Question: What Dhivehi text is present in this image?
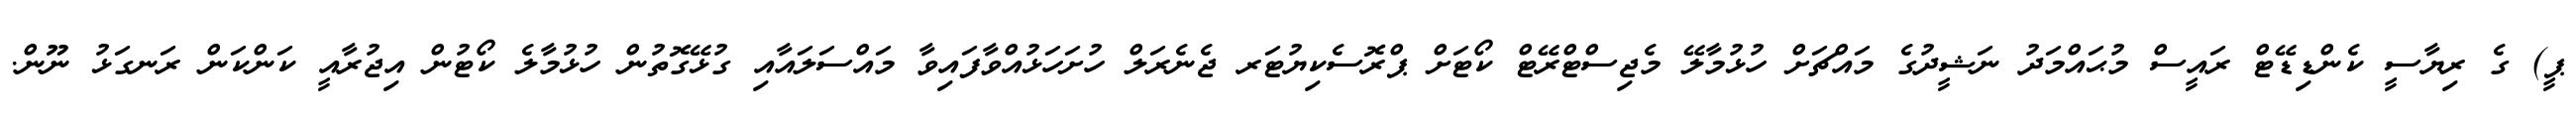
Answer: ޕީ) ގެ ރިޔާސީ ކެންޑިޑޭޓް ރައީސް މުޙައްމަދު ނަޝީދުގެ މައްޗަށް ހުޅުމާލޭ މެޖިސްޓްރޭޓް ކޯޓަށް ޕްރޮސެކިޔުޓަރ ޖެނެރަލް ހުށަހަޅުއްވާފައިވާ މައްސަލައާއި ގުޅޭގޮތުން ހުޅުމާލެ ކޯޓުން އިޖުރާއީ ކަންކަން ރަނގަޅު ނޫން.